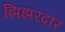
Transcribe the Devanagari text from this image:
झिझरदार